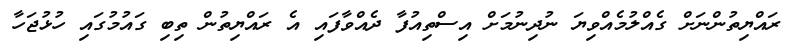
ރައްޔިތުންނަށް ގެއްލުމެއްވިޔަ ނުދިނުމަށް އިސްތިއުފާ ދެއްވާފައި އެ ރައްޔިތުން ތިބި ގައުމުގައި ހުޅުޖަހާ